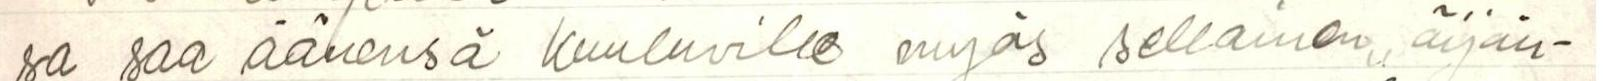
sa saa äänensä kuuluville myös sellainen ,,äijän-